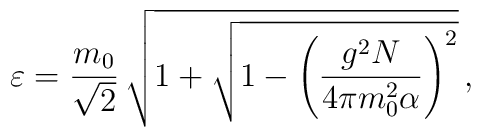
\varepsilon=\frac{m_0}{\sqrt{2}}\,\sqrt{1+\sqrt{1-\left(\frac{g^2N}{4\pi m_0^2\alpha}\right)^2}}\,,